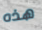
هذه